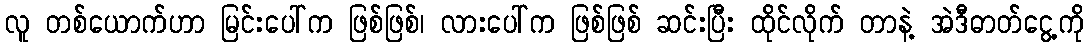
လူ တစ်ယောက်ဟာ မြင်းပေါ်က ဖြစ်ဖြစ်၊ လားပေါ်က ဖြစ်ဖြစ် ဆင်းပြီး ထိုင်လိုက် တာနဲ့ အဲဒီဓာတ်ငွေ့ကို